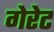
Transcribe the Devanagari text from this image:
गेरेट